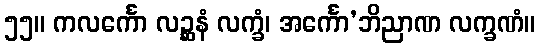
၅၅။ ကလင်္ကော လဉ္ဆနံ လက္ခံ၊ အင်္ကော’ဘိညာဏ လက္ခဏံ။